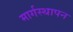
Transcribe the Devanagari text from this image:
मार्गस्थापन